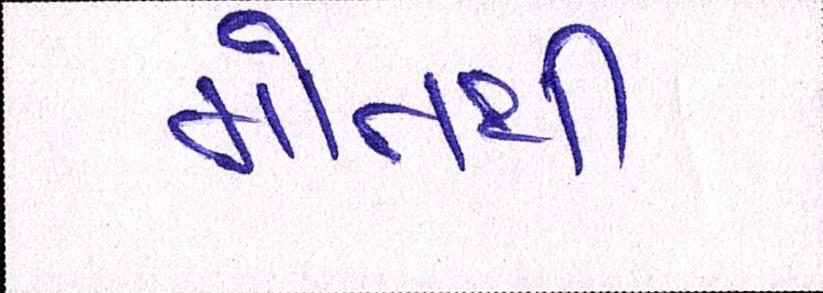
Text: મોતથી